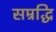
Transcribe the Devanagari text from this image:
सम्रद्धि